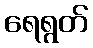
ရေရွတ်